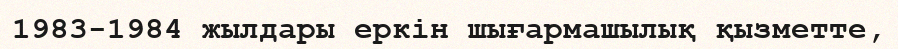
1983-1984 жылдары еркін шығармашылық қызметте,